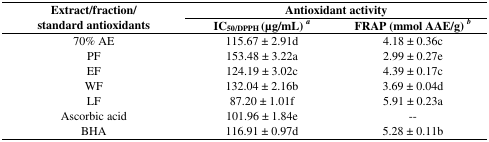
<table><thead><tr><td rowspan="2"><b>Extract/fraction/ standard antioxidants</b></td><td colspan="2"><b>Antioxidant activity</b></td></tr><tr><td><b>IC<sub>50/DPPH</sub> (μg/mL) a</b></td><td><b>FRAP (mmol AAE/g) b</b></td></tr></thead><tbody><tr><td>70% AE</td><td>115.67 ± 2.91d</td><td>4.18 ± 0.36c</td></tr><tr><td>PF</td><td>153.48 ± 3.22a</td><td>2.99 ± 0.27e</td></tr><tr><td>EF</td><td>124.19 ± 3.02c</td><td>4.39 ± 0.17c</td></tr><tr><td>WF</td><td>132.04 ± 2.16b</td><td>3.69 ± 0.04d</td></tr><tr><td>LF</td><td>87.20 ± 1.01f</td><td>5.91 ± 0.23a</td></tr><tr><td>Ascorbic acid</td><td>101.96 ± 1.84e</td><td>--</td></tr><tr><td>BHA</td><td>116.91 ± 0.97d</td><td>5.28 ± 0.11b</td></tr></tbody></table>